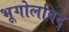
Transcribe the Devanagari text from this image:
भूगोलविद्